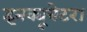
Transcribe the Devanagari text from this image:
इनक्यूबेटर।